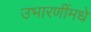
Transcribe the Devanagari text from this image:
उभारणींमधे